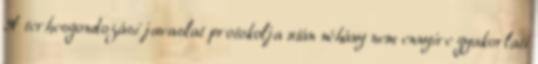
A terhesgondozási javaslat protokolja után néhány nem ennyire gyakorlati